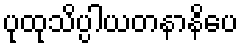
ပုထုသိပ္ပါယတနာနိပေ